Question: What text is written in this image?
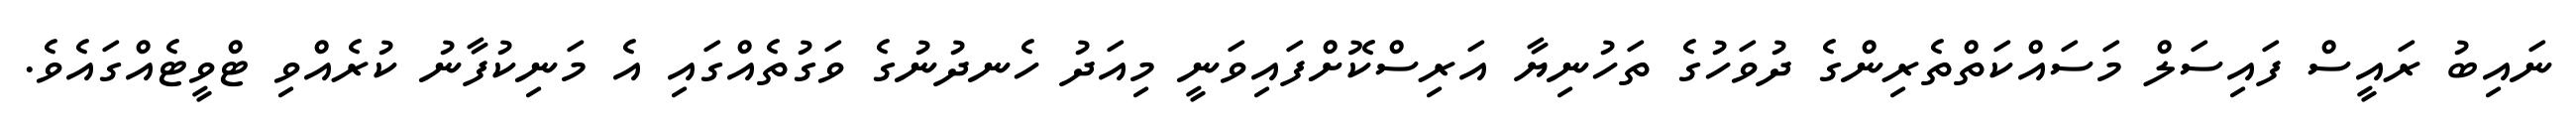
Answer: ނައިބު ރައީސް ފައިސަލް މަސައްކަތްތެރިންގެ ދުވަހުގެ ތަހުނިޔާ އަރިސްކޮށްފައިވަނީ މިއަދު ހެނދުނުގެ ވަގުތެއްގައި އެ މަނިކުފާނު ކުރެއްވި ޓްވީޓެއްގައެވެ.